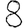
Digit: 8